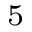
_ 5